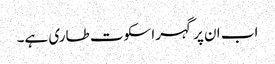
اب ان پر گہرا سکوت طاری ہے۔